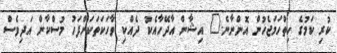
ކުރި ކަމުގެ ހިތްހަމަޖެހުން އޮންނާނެ." އިޝާން އާދޭހާއެކު ދެއްކި ވާހަކަތަކަށްފަހު މުސްކާން އަދިވެސް